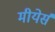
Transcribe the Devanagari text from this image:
मीयेर्स